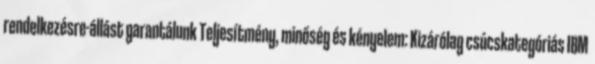
rendelkezésre-állást garantálunk Teljesítmény, minőség és kényelem: Kizárólag csúcskategóriás IBM